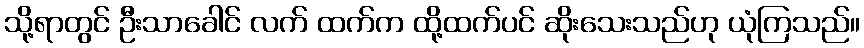
သို့ရာတွင် ဦးသာခေါင် လက် ထက်က ထို့ထက်ပင် ဆိုးသေးသည်ဟု ယုံကြသည်။